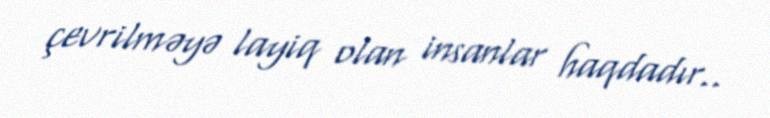
çevrilməyə layiq olan insanlar haqdadır..